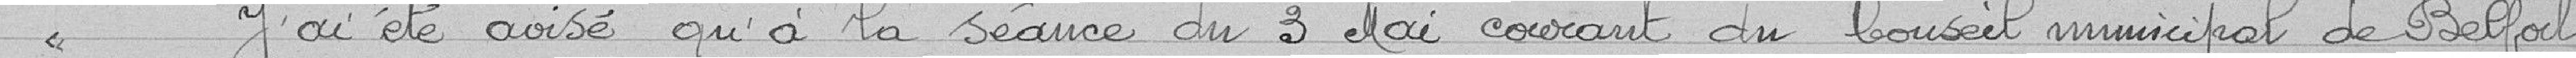
" J'ai été avisé qu'à la séance du 3 mai courant du Conseil municipal de Belfort